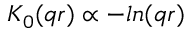
K _ { 0 } ( q r ) \propto - l n ( q r )